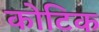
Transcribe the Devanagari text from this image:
कोटिक